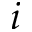
i